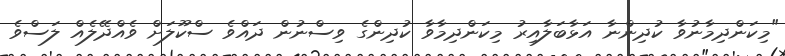
"މިކަންދިމާނުވާ ކުދިންނާ އަޅާބަލާއިރު މިކަންދިމާވާ ކުދިންގެ ވިސްނުން ދައްވެ ސްކޫލަށް ވެއްދޭލެއް ލަސްވެ